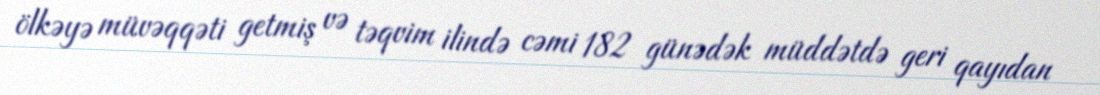
ölkəyə müvəqqəti getmiş və təqvim ilində cəmi 182 günədək müddətdə geri qayıdan